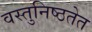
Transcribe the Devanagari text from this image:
वस्तुनिष्ठतेत